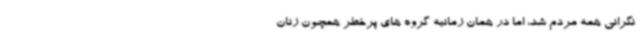
نگرانی همه مردم شد، اما در همان زمانبه گروه های پرخطر همچون زنان